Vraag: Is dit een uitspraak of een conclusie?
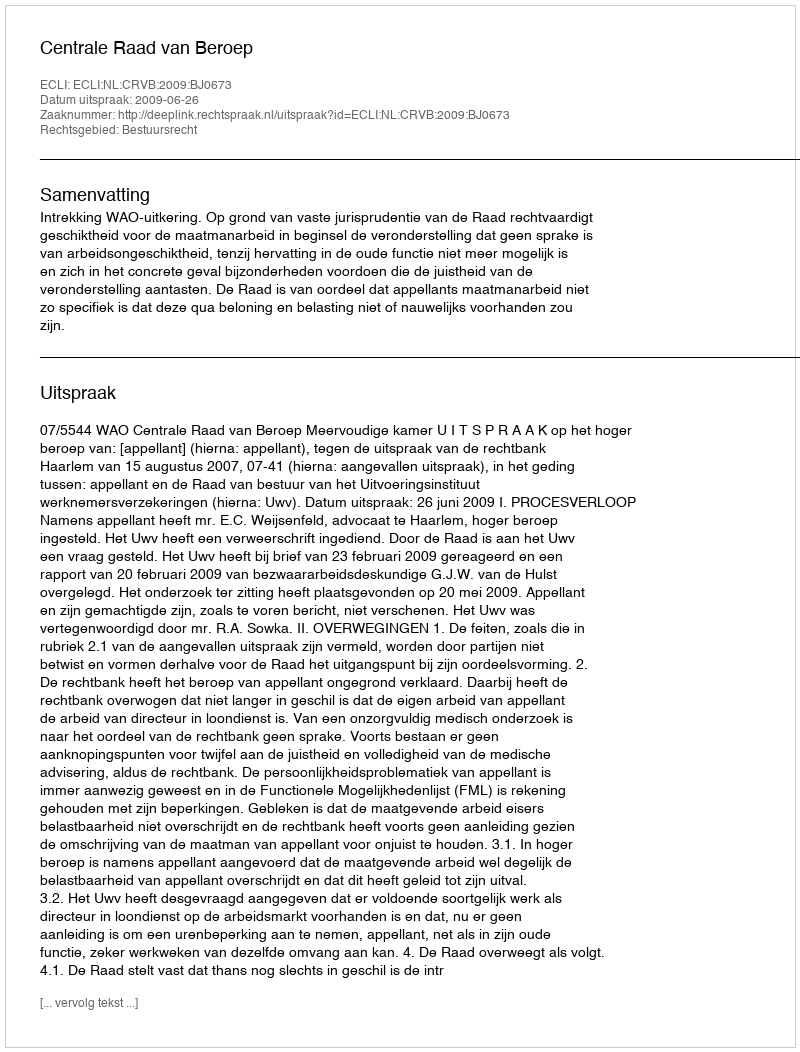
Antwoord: Uitspraak